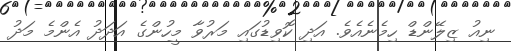
ނިއު ޒިލޭންޑް ހިމެނެއެވެ. އަދި ކޮވިޑުގައި މަރުވާ މީހުންގެ އަދަދު އެންމެ މަދު